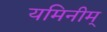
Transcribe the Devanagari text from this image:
यमिनीम्